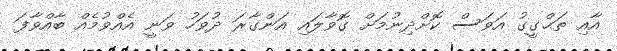
އާއި ތަޙްގީގު އަވަސް ކޮށްދިނުމަށް ގޮވާލައި އަންގާރަ ދުވަހު ވަނީ އެއްވުމެއް ބާއްވާފަ